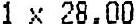
1 X 28.00